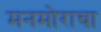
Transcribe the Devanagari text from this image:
मनमोराचा